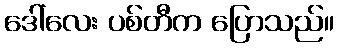
ဒေါ်လေး ပစ်တီက ပြောသည်။